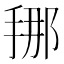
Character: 𭡇